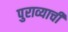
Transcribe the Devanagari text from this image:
पुराव्याची